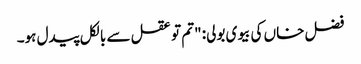
فضل خاں کی بیوی بولی: "تم تو عقل سے بالکل پیدل ہو۔